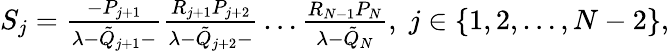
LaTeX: \begin{array}{r}{S_{j}=\frac{-P_{j+1}}{\lambda-\tilde{Q}_{j+1}-}\frac{R_{j+1}P_{j+2}}{\lambda-\tilde{Q}_{j+2}-}\ldots\frac{R_{N-1}P_{N}}{\lambda-\tilde{Q}_{N}},\; j\in\{ 1,2,\dots,N-2\} ,}\end{array}